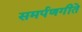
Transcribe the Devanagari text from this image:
समर्पणगीते